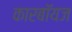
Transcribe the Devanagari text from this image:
कारबॉयज